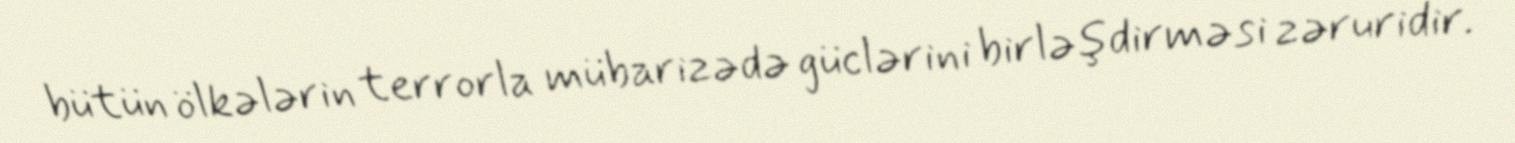
bütün ölkələrin terrorla mübarizədə güclərini birləşdirməsi zəruridir.